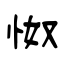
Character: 怓